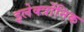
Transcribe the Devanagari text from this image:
इलेक्त्रोंनिक